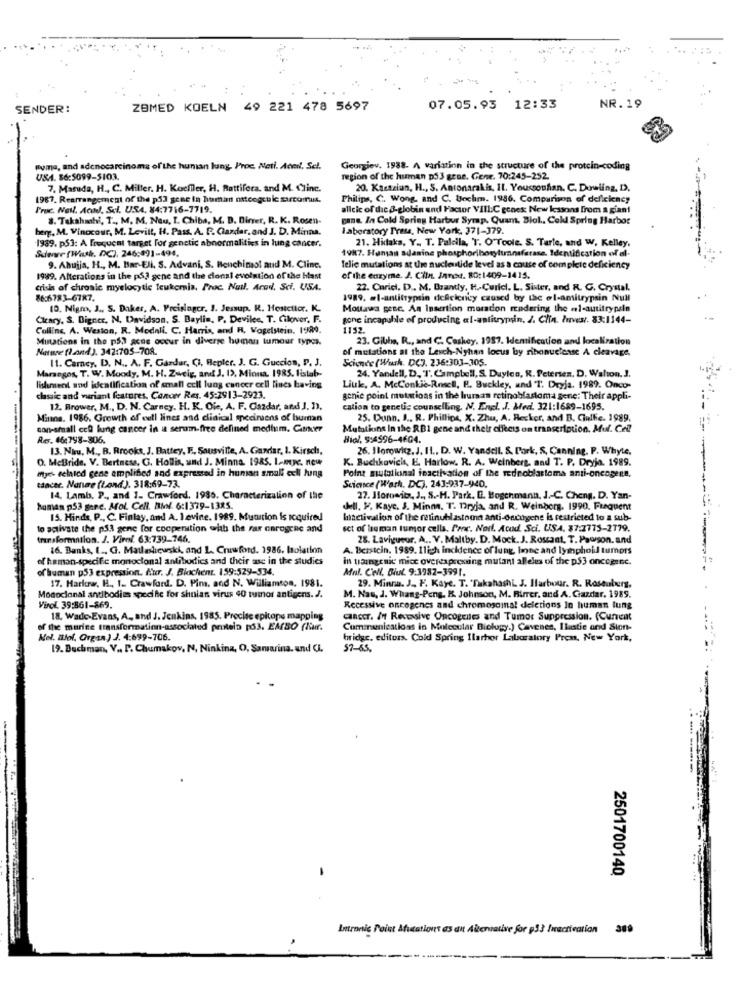
NR. 19
SENDER:
ZBMED KOELN 49 221 478 5697
07.05.93
12:33
"uma, and adenocarcinoma of the human lung, Proc. Nati. Aced, Sel.
Georgiev. 1988. A variation in the structure of the protein-coding
USA. $6:5099-5103.
region of the human p53 gene. Gene. 70:245-252.
7. Masuda, H ., C. Miller. H. Kochler, H. Rattifora, and M. Clinc.
20. Kazazian, H ., S. Antonarakis, IL. Youssoufian. C. Dowling, D.
1967. Rearrangement of the p33 sene in human ostcogeule sarcomus.
Philips, C. Wong, and C. Uochm. 1986. Comparison of deficiency
Proc. Nell. Acad. Sel. USA. 84:7716-7719.
allcic of dac &-globin and Factor VIIL:C genes: New lessons from a giant
8. Takahmti, T ., M. M. Nau, I. Chiba, M. D. Dirrer, R. K. Rosen-
gane In Cold Spring Harbur Symap. Quant. Biol .. Cold Spring Harbor
berg. M. Vinccour, M. Levitt, H. Pass. A. P. Cazder, and J. D. Minna.
Laboratory Preus, New York, 371-379.
1939. p.]: A Frequent target For genetic abnormalities in lung cancer.
21. Hidtaka, Y. T. Palcila, T. O'Toole. S. Tarle, and W, Kelley,
Suowe [Wash, DC), 246:491-494,
1987. Human adanine phosphoriboryluanafarase. Identification of al-
9. Ahujja, H ., M. Bar-Eli, S. Advani, S. Benchimol and M. Cline.
Telic mutations at thre nucleotide level as a cause of complete deficiency
1989. Alterations in the p5,3 gene and the cions! evolution of the blast
of the enzyme. J. Chin. Janest. RO: 1409-1415.
crisis of chronic myelocytic leukemia. Proc Natl. Arad, Sci, USA.
22. Carici. D ., M. Brandy, H .- Curicl. L. Sister, and R. G. Crystal.
86:6783-6787.
1989. @l-antitrypsin deficiency caused by the ol-amitrypsin Null
(0. Nigro, J ., S. Daker, A. Preislager. I. Jessup. R. Hostcttar. K.
Moutawa genc. An Insertion maradon rendering the el-autitrypaln
Cleary, S. Digner, N. Davidson, S. Baylin, P. Devilee, T. Cilover. F.
gone incapable of producing al-antitrypsin, 2. Chia. Invest. 83:1144-
Collins, A. Weston, R. Modali. C. Harris, and R, Vogelstein. 1980.
1152.
Mutations in the p53 acne occur in diverse human tumour types.
23. Gibbs, R ., and C. Cashey, 1987. Identification and localization
Nature (l.and). 342:705-708.
of mutations at the Lesch-Nyhan locus by ribonuctease A cleavage.
11. Carey, D. N .. A. F. Gardar, Ci, Bepler. J. G. Guccion, P, J.
Science (Wash. DC3. 236:303-305.
24. Yandell, D. T. Campbell, S. Duyles, R. Petersen, D. Walton, J.
Marangos, T. W. Moody, M. H. Zweig, and J. 13, Mioma. 1985. listab-
lishment and identification of small cell lung cancer cell lines having
Liuk, A. McConkie-Rosell, F. Buckley, und T. Dryja. 1989. Onco-
classic and variant features. Cancer Rer. 45:2913-2923.
genie point mutations in the human retinoblastoma gene: Their appli-
12. Brower, M ., D. N. Carney. H. K. Oie, A. F. Gazdar, and J. D).
cation to genetic counselling. N. Engl. J. Med. 321:1689-1695.
Minna. 1986. Growth of cell lines and clinical specimens of buman
25. Dunn, J ., R. Phillips, X. Zhu, A. Recker, and B. Ciulfie. 1989.
con-small ccQ lung cancer in i serum-free defined medium. Cancer
Mutations In the RB1 gene and their effects on transcription. Mul. Cell
Res. 46:798-306.
Biol, 9:4596-4604.
13. Nisu, M ., B. Rrooks, J. Battey, F ., Sausville, A. Gandar, 1. Kirsch,
26. Horowitz, J. Il ., D. W. Yandell. S. Pork, S, Canning. P. Whyte,
O. McBride, V. Bertness, G. Hollis, und J. Minna, 198S. L.myc. new
K. Buchkovich, E. Harlow. R. A. Weinberg, and T. P. Dryja. 1989.
tancer. Nonme (Land.). 318:69-73.
myrh schied gene amplified and expressed in human small cell lung
Point mutational inactivation of the rednoblastoma anti-oncogene.
Science (Wash, DC), 243:937-940.
14. Lamb. P ., and 1. Crawford, 1986. Characterization of the
27. Horowitz, J ., S .- H. Park. D. Boschmann, J .- C. Cheng. D. Yan-
human p53 gere. Mol. Cell. Biol. 6:1379-1385.
kell. P. Kaye. S. Minna. T. Dryja, and R. Weinberg. 1990. Frequent
15. Hinds, P ., C. Finlay, and A. Levine. 1989. Munition is Icquired
hiactivation of the metinublastoma anti-oncogene is restricted to a sub-
to activate the p53 gene for cooperation with the rar onrogenc and
set of human tumor cells. Parc. Noil. Acod. Sci. U.S.A. $7:1775-2179.
transformation. J. Virol. 63:739-746.
28. Lavigueur. A .. V. Maltby. D. Mock. J. Rowant, T. Pawson. and
16. Banks, I ., G. Madashiewski, and L. Crawford. 1986. Isolation
A. Berstein, 1989. Iligch incidence of lung, line and lymphoid tumors
of human-specific monoclonal antibodies and their use in the studies
In uaingenic mice overexpressing mutant alleles of the p$3 oncogene.
of human p53 expression. Eur. J. Blachen. 159:529-534.
Mal. Cell. Blut. 9:3982-3991.
17. Harlow, H ., 1. Crawford. D. Pim, and N. Williamson, 1981.
29. Minnu. J. F. Kaye. T. 'Takahashi. J. Harbour. R. Rosenberg,
Monoclonal antibodies specific for shuian virus 40 tumor antigens. J.
M. Nau, J. Whang-Peng. K. Johnson, M. Birrer, and A. Gazdar. 1989.
Virol. 39:861-869.
Recessive oncogenes and chromescina! deletions In human lung
18. Wade-Evans, A, and J. Jenkins, 1985. Procise epitope mapping
cancer. In Recesive Oncogeiles and Tumor Suppression. (Current
of the marine transformation-associated protein [63. EASO (Nur.
Communications in Molecular Biology.) Cavenes, Ilustie and Sion-
Mel. Ilof, Organ.) J. 4:699-706.
bridge, editors. Cold Spring Ilarhor Laboratory Prom, New York,
19. Buchman, V ., P. Chumakov, N, Ninking, O, Samarina. and Ci.
57-65
2501700140
Intronic Point Atutations as dit Alternative for p33 Inactivation 309